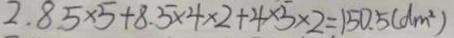
2 . 8 5 \times 5 + 8 . 5 \times 4 \times 2 + 4 \times 5 \times 2 = 1 5 0 . 5 ( d m ^ { 2 } )